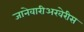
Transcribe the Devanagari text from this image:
जानेवारीअखेरीस